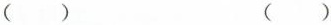
() ()